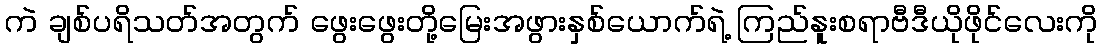
ကဲ ချစ်ပရိသတ်အတွက် ဖွေးဖွေးတို့မြေးအဖွားနှစ်ယောက်ရဲ့ ကြည်နူးစရာဗီဒီယိုဖိုင်လေးကို